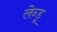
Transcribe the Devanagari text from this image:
लेन्डू